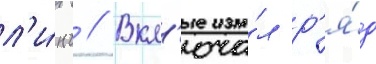
л'и́нч // Вкл'юча́л р'я́д